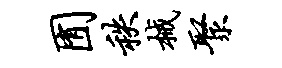
囿秩械聚